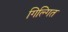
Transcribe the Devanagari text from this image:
गिल्गित